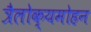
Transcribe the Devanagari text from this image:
त्रैलोक्यमोहन